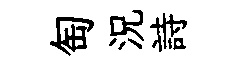
匋況詩